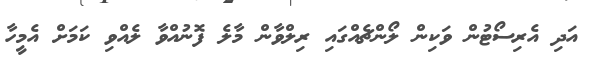
އަދި އެރިސޯޓުން ވަކިން ލޯންޗެއްގައި ރިލްވާން މާލެ ފޮނުއްވާ ލެއްވި ކަމަށް އެމީހާ